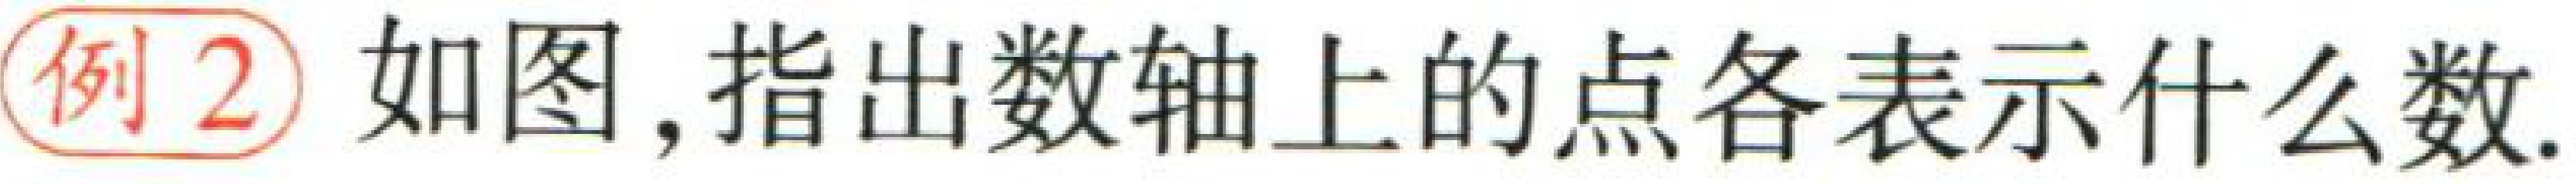
例2 如图,指出数轴上的点各表示什么数.